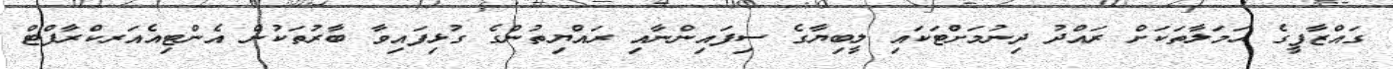
ގައްޒާފީގެ ޙަމަލާތަކަށް ރައްދު ދިނުމަށްޓަކައި ލީބިޔާގެ ސިފައިންނާއި ރައްޔިތުންގެ ގުޅިފައިވާ ބާރުތަކުން އެންޓިއެއަރކްރާފްޓް